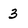
Character: 3